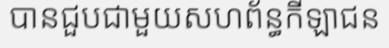
បានជួបជាមួយសហព័ន្ធកីឡាជន